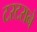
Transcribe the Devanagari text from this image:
टरटराने